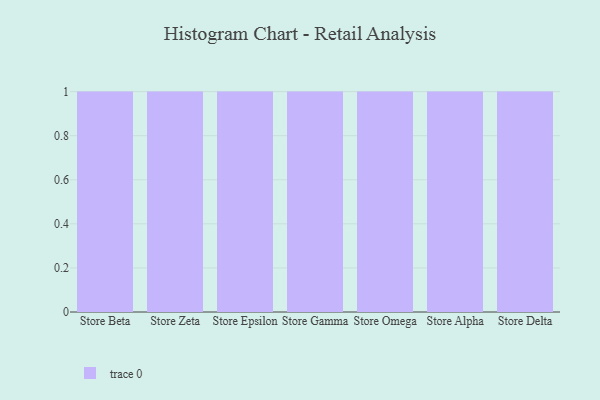
{"axis": {"x": "Store", "y": "Page Views"}, "legend": [""], "data": [{"x": "Store Beta", "y": 69, "type": ""}, {"x": "Store Zeta", "y": 24, "type": ""}, {"x": "Store Epsilon", "y": 67, "type": ""}, {"x": "Store Gamma", "y": 44, "type": ""}, {"x": "Store Omega", "y": 96, "type": ""}, {"x": "Store Alpha", "y": 18, "type": ""}, {"x": "Store Delta", "y": 68, "type": ""}]}